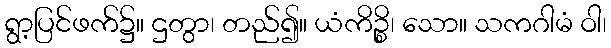
ရွာ့ပြင်ဖက်၌။ ဌတွာ၊ တည်၍။ ယံကိဉ္စိ၊ သော။ သကဂါမံ ဝါ၊